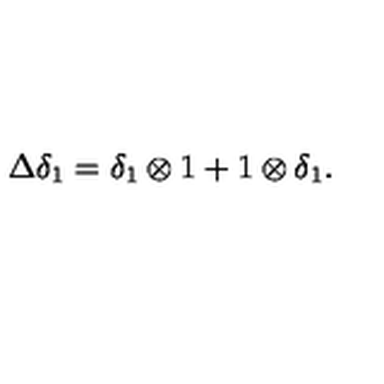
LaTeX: \Delta \delta _ { 1 } = \delta _ { 1 } \otimes 1 + 1 \otimes \delta _ { 1 } .